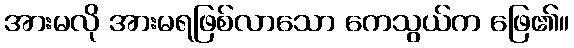
အားမလို အားမရဖြစ်လာသော ကေသွယ်က ဖြေ၏။